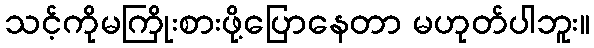
သင့်ကိုမကြိုးစားဖို့ပြောနေတာ မဟုတ်ပါဘူး။